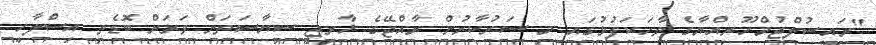
"ރައީސުލްޖުމްހޫރިއްޔާގެ ވާހަކަފުޅުގައ މި ސަރުކާރުން ރާއްޖޭގެ ޚާރިޖީ ސިޔާސަތަށް ވަރަށް ބޮޑެތި އިސްލާހީ